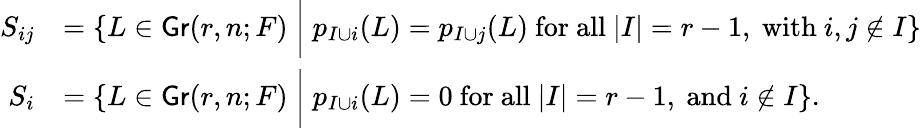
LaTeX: \begin{array}{rl}{S_{ij}}&{=\left\{ L\in\mathsf{Gr}(r,n;F)\; \bigg|\; p_{I\cup i}(L)=p_{I\cup j}(L)\mathrm{~for~all~}|I|=r-1,\mathrm{~with~}i,j\notin I\right\} }\\ {S_{i}}&{=\left\{ L\in\mathsf{Gr}(r,n;F)\; \bigg|\; p_{I\cup i}(L)=0\mathrm{~for~all~}|I|=r-1,\mathrm{~and~}i\notin I\right\} .}\end{array}